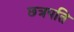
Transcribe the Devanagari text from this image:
छत्रपति